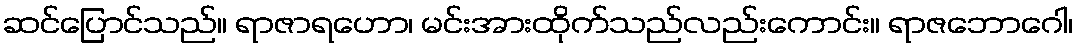
ဆင်ပြောင်သည်။ ရာဇာရဟော၊ မင်းအားထိုက်သည်လည်းကောင်း။ ရာဇဘောဂေါ၊